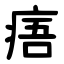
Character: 痦